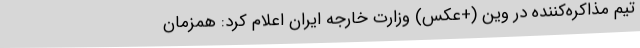
تیم مذاکره‌کننده در وین (+عکس) وزارت خارجه ایران اعلام کرد: همزمان